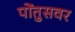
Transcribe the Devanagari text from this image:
पोंतुसवर